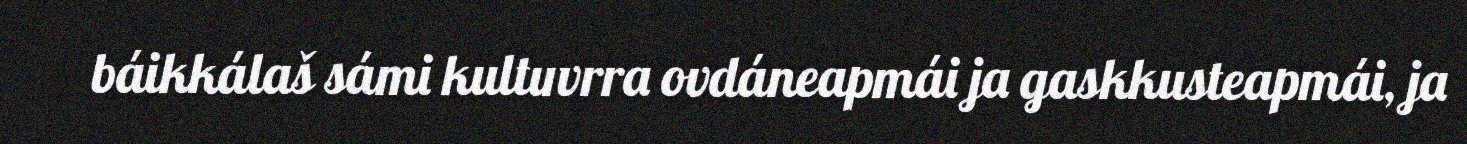
báikkálaš sámi kultuvrra ovdáneapmái ja gaskkusteapmái, ja